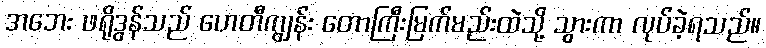
အဘေး ဖရိုဒွန်သည် ဟေတီကျွန်း တောကြီးမြက်မည်းထဲသို့ သွားကာ လုပ်ခဲ့ရသည်။